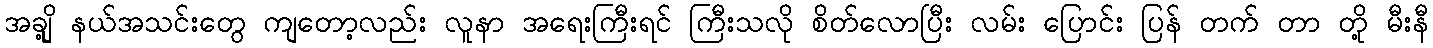
အချို့ နယ်အသင်းတွေ ကျတော့လည်း လူနာ အရေးကြီးရင် ကြီးသလို စိတ်လောပြီး လမ်း ပြောင်း ပြန် တက် တာ တို့ မီးနီ